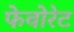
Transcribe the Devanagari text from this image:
फेवोरेट